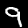
Label: 9